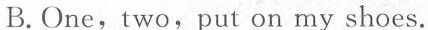
B.One, two,put on my shoes